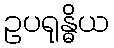
ဥပရုန္ဓိယ